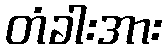
တံခါးအား